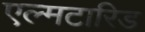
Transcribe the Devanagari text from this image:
एल्मटारिड